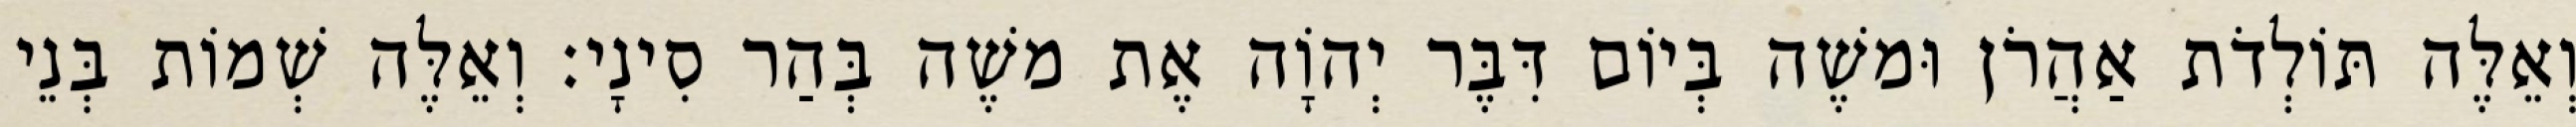
וְאֵלֶּה תּוֹלְדֹת אַהֲרֹן וּמשֶׁה בְּיוֹם דִּבֶּר יְהוָֹה אֶת משֶׁה בְּהַר סִינָי׃ וְאֵלֶּה שְׁמוֹת בְּנֵי